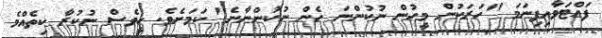
ފައްޓަވާއިފިނަމަ "ހަރަކުން މީހުން ނުކުންނަ ހެން ނުކުންނާނެ" ކަމަށެވެ. ހީވެސް ނުކުރާ ކިތެއްމެ